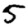
Digit: 5